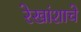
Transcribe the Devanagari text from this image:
रेखांशाचे